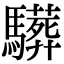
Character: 𩦦